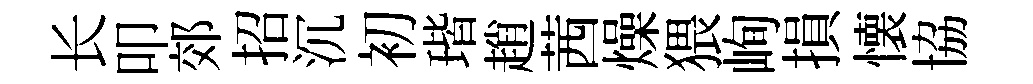
长叩郊招沉初瑎趙茜燥猥峋損懐協